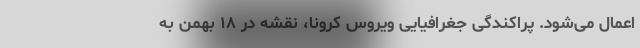
اعمال می‌شود. پراکندگی جغرافیایی ویروس کرونا، نقشه در ۱۸ بهمن به‌